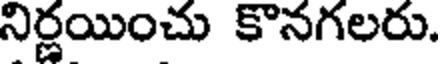
నిర్ణయించు కొనగలరు.